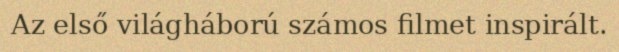
Az első világháború számos filmet inspirált.